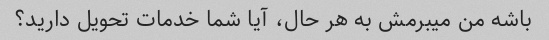
باشه من میبرمش به هر حال، آیا شما خدمات تحویل دارید؟